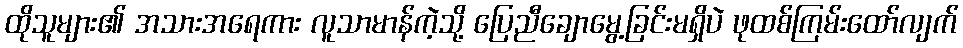
ထိုသူများ၏ အသားအရေကား လူသာမာန်ကဲ့သို့ ပြေညီချောမွေ့ခြင်းမရှိပဲ ဖုထစ်ကြမ်းထော်လျက်